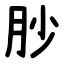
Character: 䏚